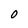
Character: 0